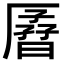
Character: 𫨟